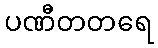
ပဏီတတရေ